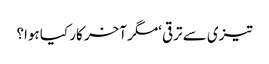
تیزی سے ترقی ‘مگر آخر کار کیا ہوا؟